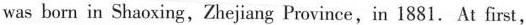
was born in Shaoxing,Zhejiang Province,in 1881. At first,